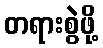
တရားစွဲဖို့